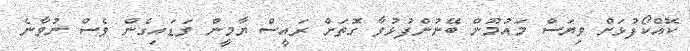
ކޮއްކޯފުޅަށް ވިޔަސް މައުމޫން ބޭނުންފުޅުވާ ގޮތަށް ރައީސް ޔާމީން ވަޑައިގެން ވެސް ނުވާނެ